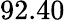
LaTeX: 92.40\